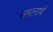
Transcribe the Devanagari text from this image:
समानार्थ